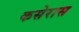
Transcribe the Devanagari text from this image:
कसेरास